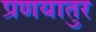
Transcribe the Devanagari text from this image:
प्रणयातुर